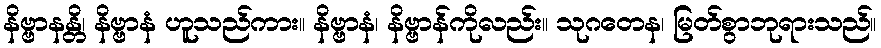
နိဗ္ဗာနန္တိ၊ နိဗ္ဗာနံ ဟူသည်ကား။ နိဗ္ဗာနံ၊ နိဗ္ဗာန်ကိုလည်း။ သုဂတေန၊ မြတ်စွာဘုရားသည်။